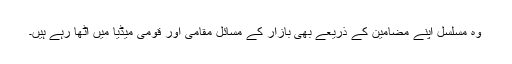
وہ مسلسل اپنے مضامین کے ذریعے بھی بازار کے مسائل مقامی اور قومی میڈیا میں اُٹھا رہے ہیں۔